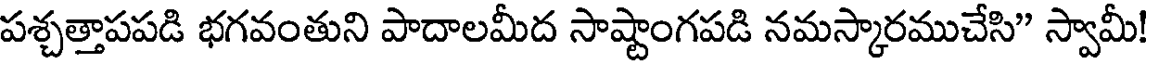
పశ్చత్తాపపడి భగవంతుని పాదాలమీద సాష్టాంగపడి నమస్కారముచేసి" స్వామీ!